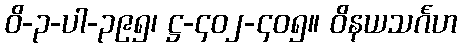
ဝိ-၃-ပါ-၃၉၅၊ ဋ္ဌ-၄၀၂-၄၀၅။ ဝိနယသင်္ဂဟ